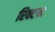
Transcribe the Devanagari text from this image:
रिक्टम